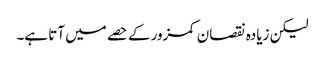
لیکن زیادہ نقصان کمزور کے حصے میں آتا ہے۔